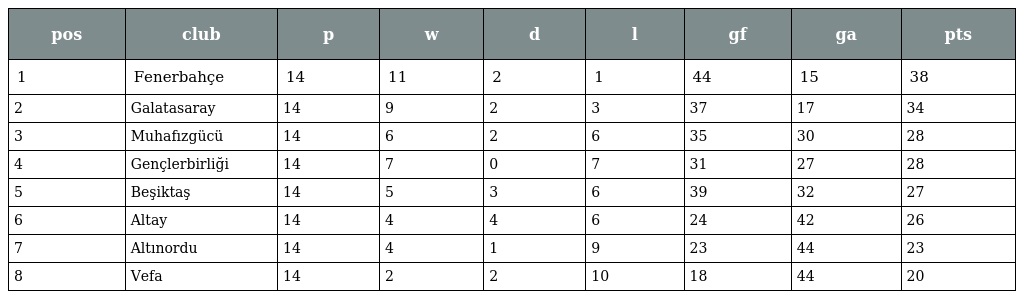
| pos | club | p | w | d | l | gf | ga | pts |
 | --- | --- | --- | --- | --- | --- | --- | --- | --- |
 | 1 | Fenerbahçe | 14 | 11 | 2 | 1 | 44 | 15 | 38 |
 | 2 | Galatasaray | 14 | 9 | 2 | 3 | 37 | 17 | 34 |
 | 3 | Muhafızgücü | 14 | 6 | 2 | 6 | 35 | 30 | 28 |
 | 4 | Gençlerbirliği | 14 | 7 | 0 | 7 | 31 | 27 | 28 |
 | 5 | Beşiktaş | 14 | 5 | 3 | 6 | 39 | 32 | 27 |
 | 6 | Altay | 14 | 4 | 4 | 6 | 24 | 42 | 26 |
 | 7 | Altınordu | 14 | 4 | 1 | 9 | 23 | 44 | 23 |
 | 8 | Vefa | 14 | 2 | 2 | 10 | 18 | 44 | 20 |